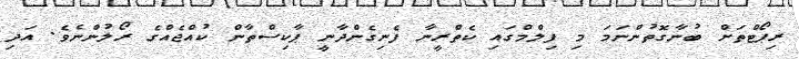
ރިޕޯޓްތަށް ބުނާގޮތުންނަމަ މި ފިލްމްގައި ކެތްރީނާ ފެނިގެންދާނީ ޕާކިސްތާން ކުއްޖެއްގެ ރޯލުންނެވެ. އަދި